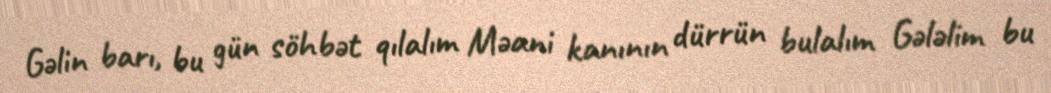
Gəlin barı, bu gün söhbət qılalım Məani kanının dürrün bulalım Gələlim bu